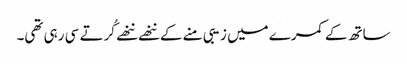
ساتھ کے کمرے میں زیبی منے کے ننھے ننھے کُرتے سی رہی تھی۔